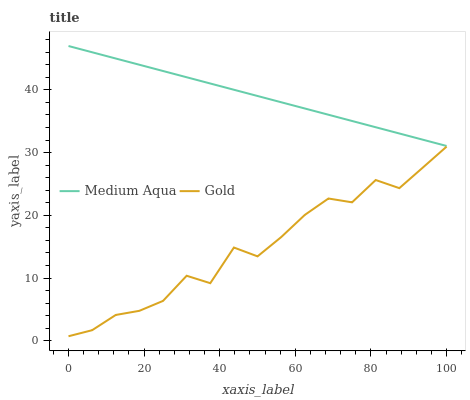
| xaxis_label | Medium Aqua | Gold |
 | --- | --- | --- |
 | 0 | 47 | 0.712 |
 | 6.25 | 46 | 1.68 |
 | 12.5 | 45 | 4.11 |
 | 18.8 | 44 | 4.77 |
 | 25 | 43 | 6.35 |
 | 31.2 | 42 | 10.4 |
 | 37.5 | 41 | 9.18 |
 | 43.8 | 40 | 14.9 |
 | 50 | 39 | 13.5 |
 | 56.2 | 38 | 16.5 |
 | 62.5 | 37 | 20.1 |
 | 68.8 | 36 | 22.7 |
 | 75 | 35 | 22.1 |
 | 81.2 | 34 | 25.6 |
 | 87.5 | 33.1 | 24.3 |
 | 93.8 | 32.1 | 27.6 |
 | 100 | 31.1 | 31 |